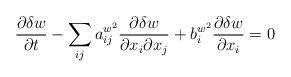
LaTeX: \begin{align*}\frac{\partial \delta w}{\partial t}-\sum_{ij}a^{w^2}_{ij}\frac{\partial \delta w}{\partial x_i\partial x_j}+b^{w^2}_i\frac{\partial \delta w}{\partial x_i}=0\end{align*}